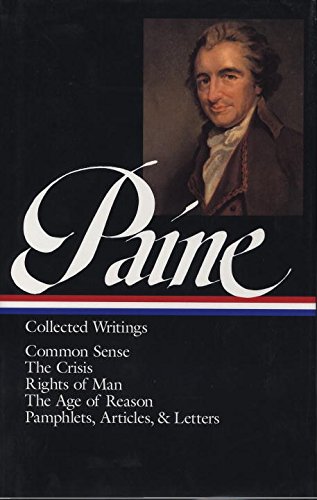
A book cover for Thomas Paine : Collected Writings : Common Sense / The Crisis / Rights of Man / The Age of Reason / Pamphlets, Articles, and Letters (Library of America); Thomas Paine; History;